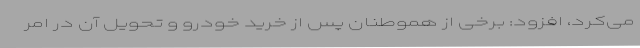
می‌کرد، افزود: برخی از هموطنان پس از خرید خودرو و تحویل آن در امر